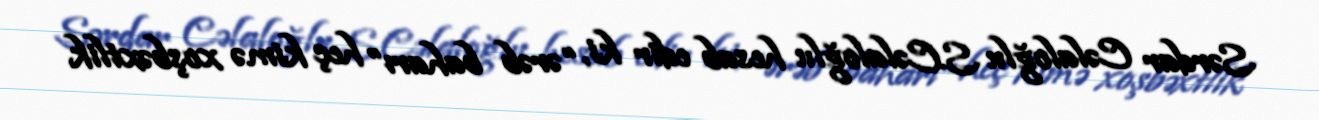
Sərdar Cəlaloğlu S.Cəlaloğlu hesab edir ki, “ərəb baharı” heç kimə xoşbəxtlik